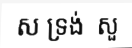
ស ទ្រង់  សួ